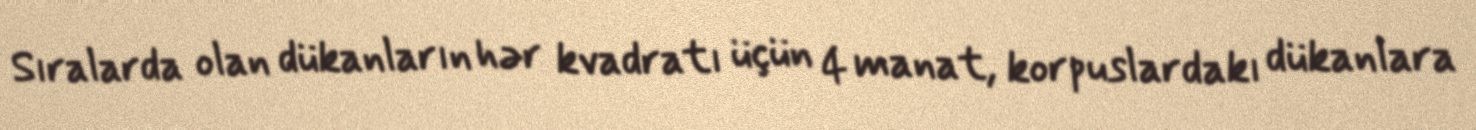
Sıralarda olan dükanların hər kvadratı üçün 4 manat, korpuslardakı dükanlara